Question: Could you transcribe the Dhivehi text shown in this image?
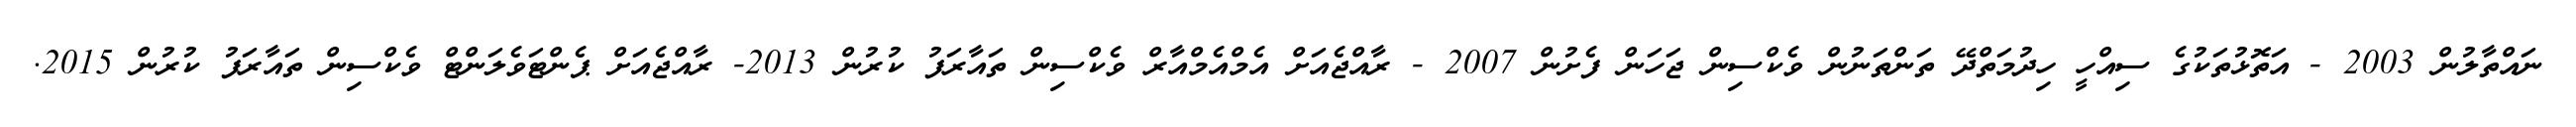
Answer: ނައްތާލުން 2003 - އަތޮޅުތަކުގެ ސިއްހީ ހިދުމަތްދޭ ތަންތަނުން ވެކްސިން ޖަހަން ފެށުން 2007 - ރާއްޖެއަށް އެމްއެމްއާރް ވެކްސިން ތައާރަފު ކުރުން 2013- ރާއްޖެއަށް ޕެންޓަވެލަންޓް ވެކްސިން ތައާރަފު ކުރުން 2015.